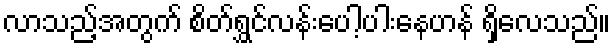
လာသည့်အတွက် စိတ်ရွှင်လန်းပေါ့ပါးနေဟန် ရှိလေသည်။